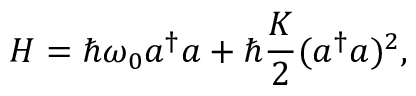
H = \hbar \omega _ { 0 } a ^ { \dagger } a + \hbar \frac { K } { 2 } ( a ^ { \dagger } a ) ^ { 2 } ,